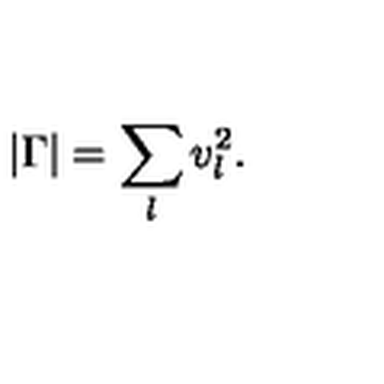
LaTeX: | \Gamma | = \sum _ { l } v _ { l } ^ { 2 } .